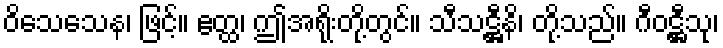
ဝိသေသေန၊ ဖြင့်။ ဧတ္ထ၊ ဤအရိုးတို့တွင်။ သီသဋ္ဌီနိ၊ တို့သည်။ ဂီဝဋ္ဌီသု၊